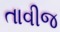
તાવીજ